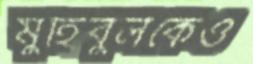
মুহিবুলকেও